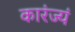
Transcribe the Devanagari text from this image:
कारंज्यं